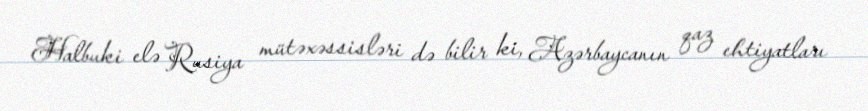
Halbuki elə Rusiya mütəxəssisləri də bilir ki, Azərbaycanın qaz ehtiyatları